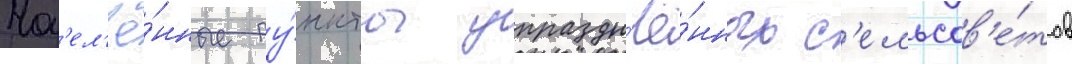
Нас'ел'ё́нные пу́нкты упраздн'ё́нных с'ельсов'е́тов